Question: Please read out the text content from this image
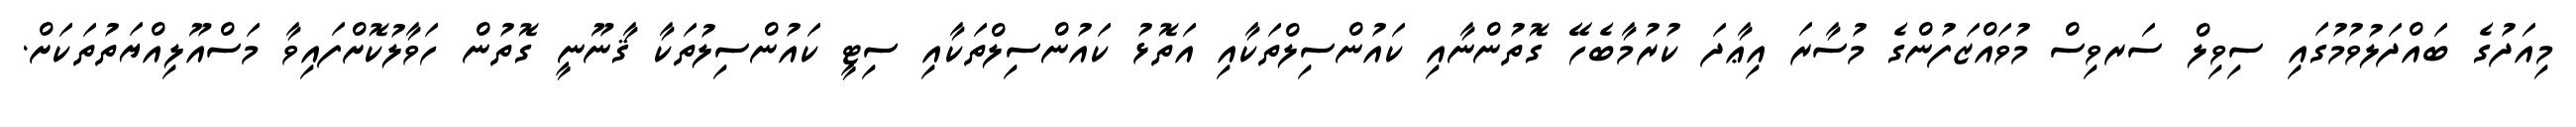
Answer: މިއަދުގެ ބައްދަލުވުމުގައި ސިވިލް ސަރވިސް މުވައްޒަފުންގެ މުސާރަ އިޢާދަ ކުރުމާބެހޭ ގޮތުންނާއި ކައުންސިލްތަކާއި އަތޮޅު ކައުންސިލްތަކާއި ސިޓީ ކައުންސިލުތަކާ ޤާނޫނީ ގޮތުން ހަވާލުކޮށްފައިވާ މަސްއޫލިއްޔަތުތަކަށް.